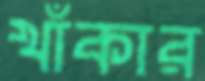
খাঁকার